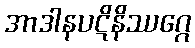
အာဒါနပဋိနိဿဂ္ဂေ